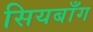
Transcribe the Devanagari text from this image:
सियबाँग